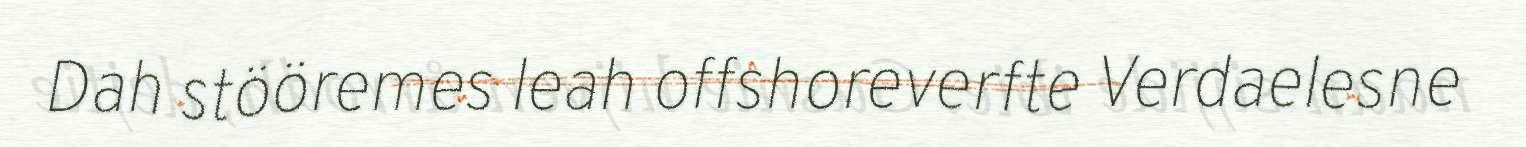
Dah stööremes leah offshoreverfte Verdaelesne